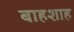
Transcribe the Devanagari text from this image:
बाहशाह